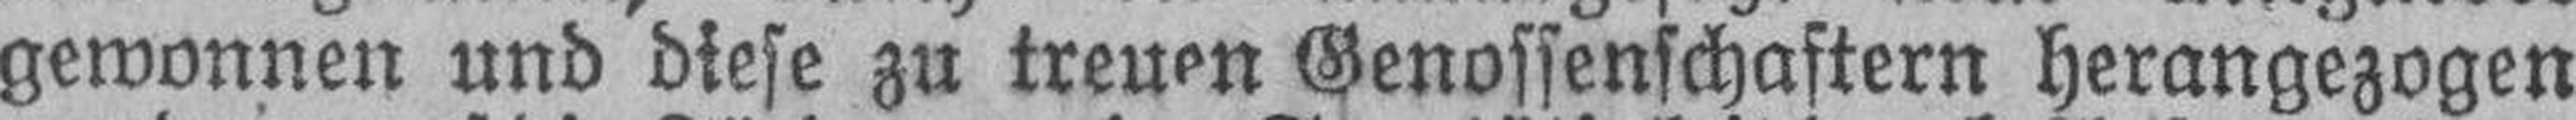
gewonnen und diese zu treuen Genossenschaftern herangezogen